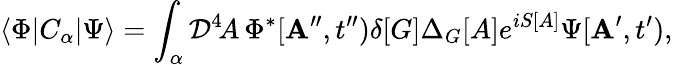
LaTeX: \langle\Phi|C_{\alpha}|\Psi\rangle=\int_{\alpha}{\cal D}^{4}\! A\, \Phi^{*}[{\mathbf A}^{\prime\prime},t^{\prime\prime})\delta[G]\Delta_{G}[A]e^{iS[A]}\Psi[{\mathbf A}^{\prime},t^{\prime}),